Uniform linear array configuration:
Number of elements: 12
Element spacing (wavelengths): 0.75
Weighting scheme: hann
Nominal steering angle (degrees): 45
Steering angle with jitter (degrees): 46.015
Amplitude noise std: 0.05
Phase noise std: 0.05

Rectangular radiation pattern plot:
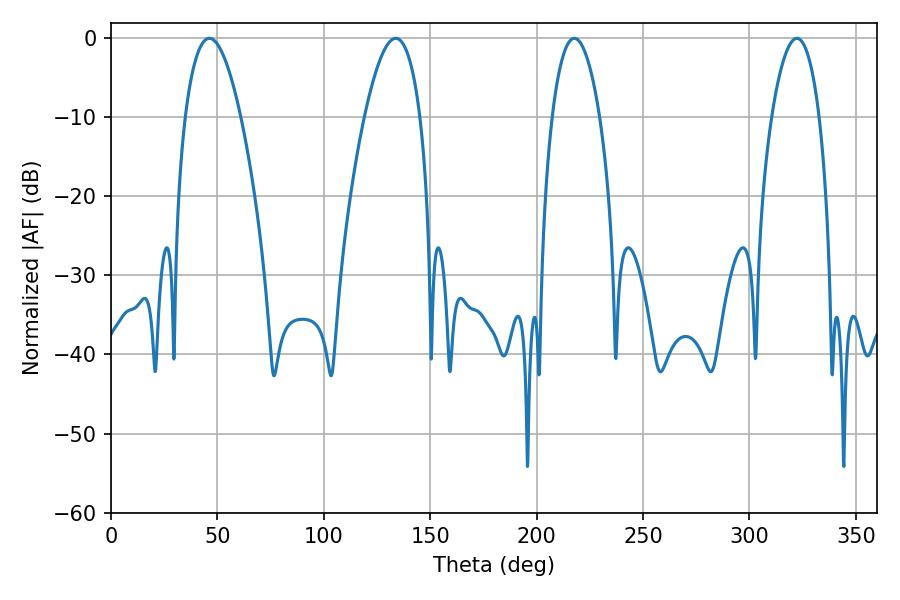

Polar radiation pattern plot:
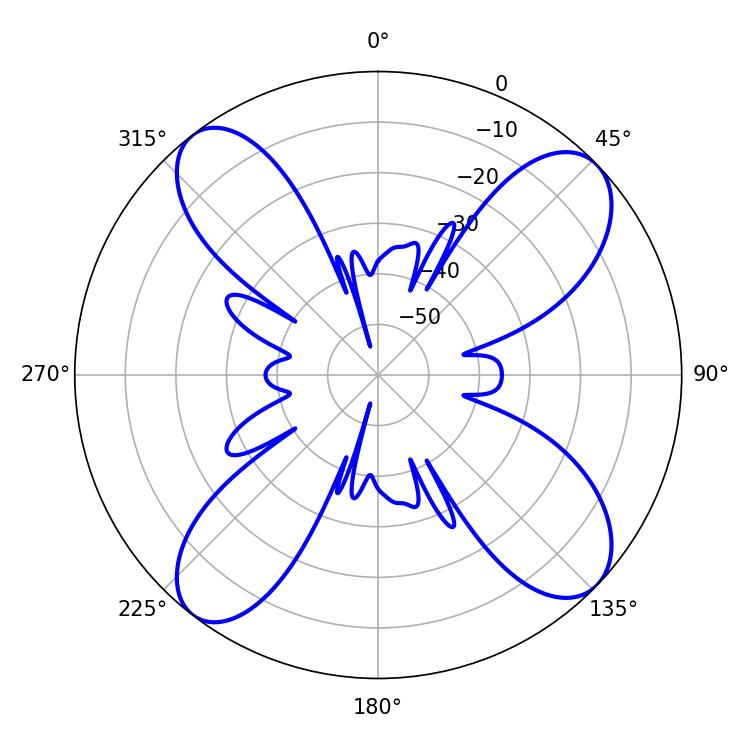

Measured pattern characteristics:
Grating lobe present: TRUE
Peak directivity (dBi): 12.692
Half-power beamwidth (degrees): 14.4
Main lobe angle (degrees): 46.26